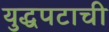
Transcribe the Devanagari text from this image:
युद्धपटाची